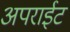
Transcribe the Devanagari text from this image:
अपराईट